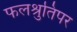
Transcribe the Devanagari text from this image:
फलश्रुतिपर